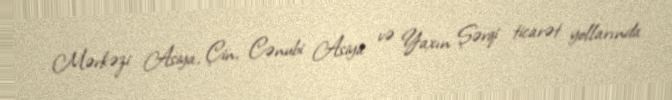
Mərkəzi Asiya, Çin, Cənubi Asiya və Yaxın Şərqi ticarət yollarında